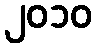
၂၀၁၀